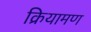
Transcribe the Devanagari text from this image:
क्रियामण